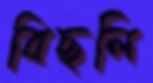
বিছলি